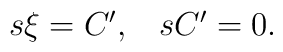
\matrix{s\xi=C^\prime,&sC^\prime=0.}